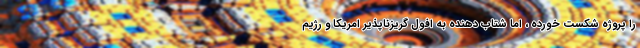
را پروژه شکست خورده ، اما شتاب دهنده به افول گریزناپذیر امریکا و رژیم